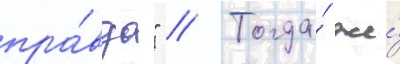
пра́вда" // Тогда́ же́